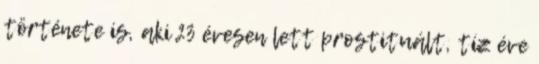
története is, aki 23 évesen lett prostituált, tíz éve